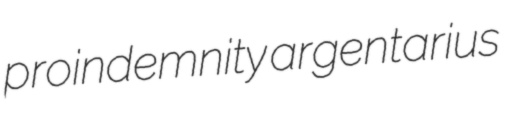
proindemnity argentarius